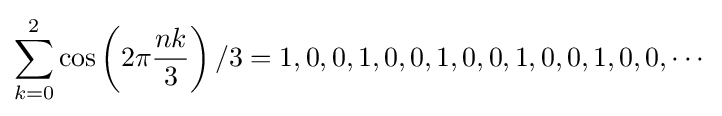
\sum _{k=0}^{2}\cos \left(2\pi {\frac {nk}{3}}\right)/3=1,0,0,1,0,0,1,0,0,1,0,0,1,0,0,\cdots